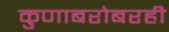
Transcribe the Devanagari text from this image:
कुणाबरोबरही